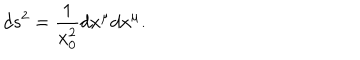
d s ^ { 2 } = { \frac { 1 } { x _ { 0 } ^ { 2 } } } d x ^ { \mu } d x ^ { \mu } .